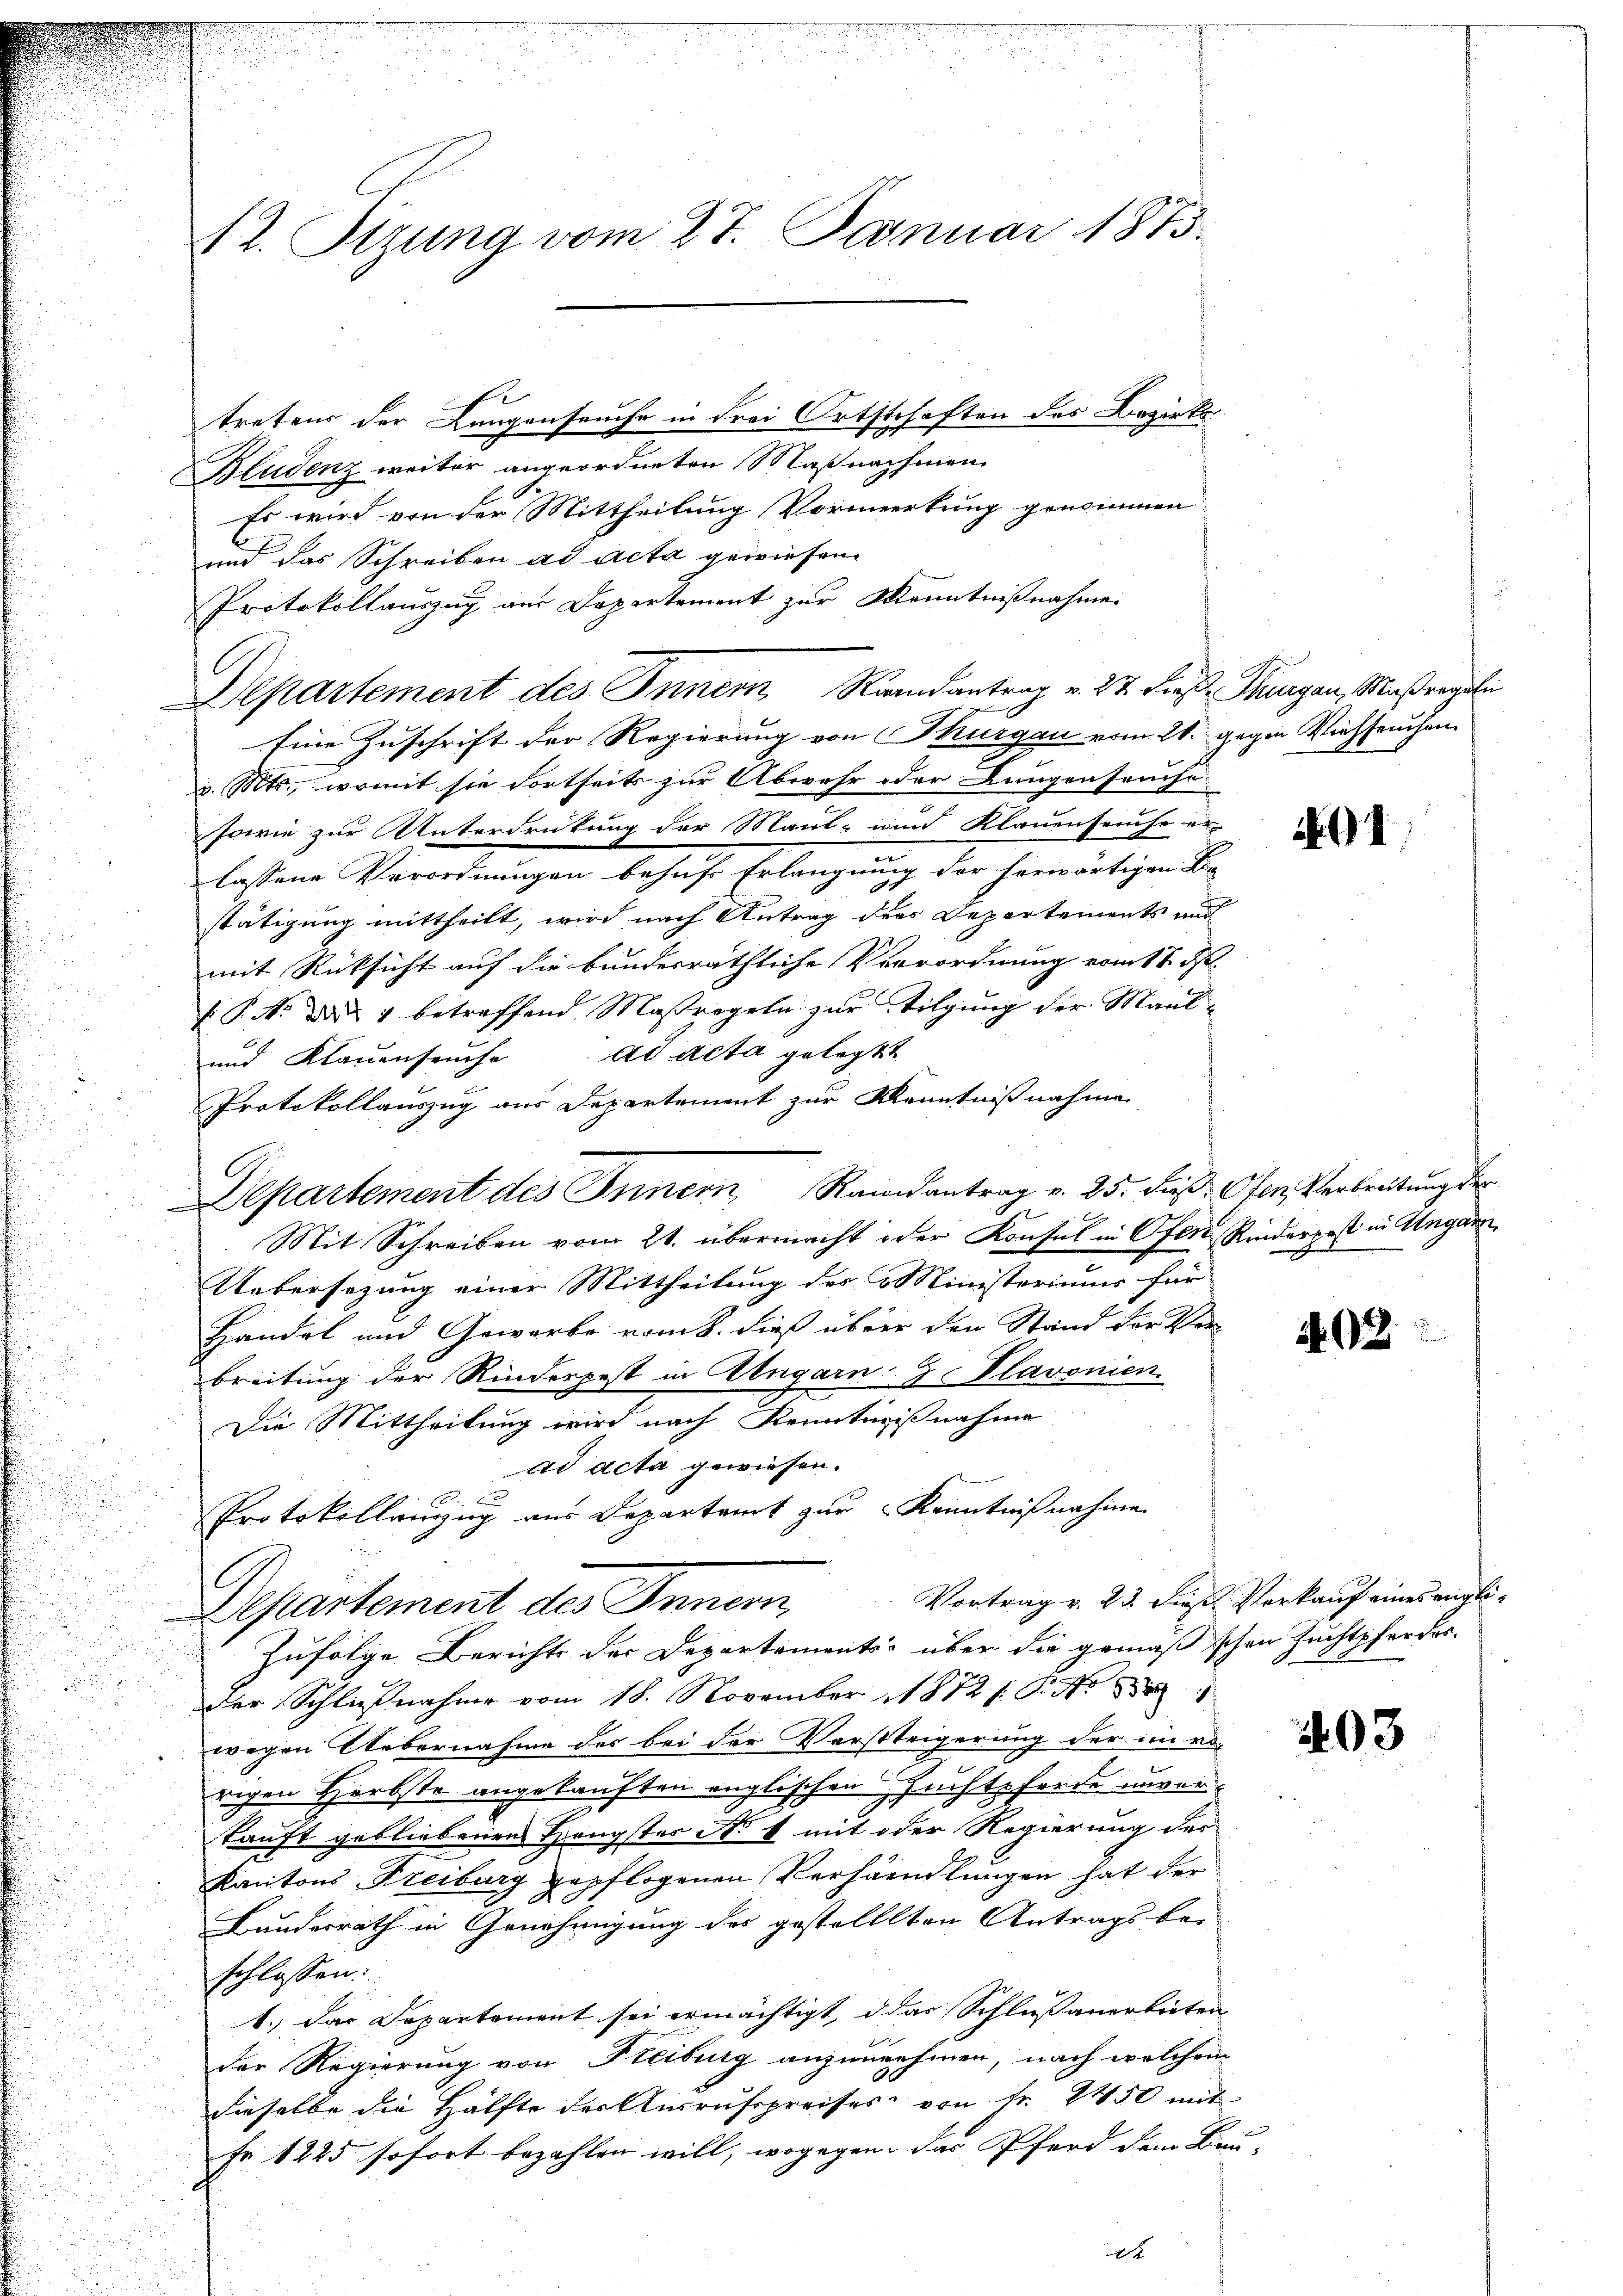
2. Stzung vom 27. Januar 1873.
tretens der Lungenseuche in drei Ortschaften des Bezirks¬

Bludenz weiter angeordneten Maßnahmen
Es wird von der Mittheilung Vormeerkung genommen
und das Schreiben ad Acta gewiesen.
Eine Zuschrift der Regierung von Thurgau vom 21. gegen Viehseuchen
v. Mts., womit sie dortseits zur Abwehr oder Langenseuche
sowie zur Unterdrückung der Maul- und Klauenseuche er-
lassene Verordnungen behufe Erlangung der herwärtigen Be-
stätigung mittheilt, wird nach Antrag der Departements auch
mit Rücksicht auf die bundesräthliche Verrordnung vom 17. d.
/. P. Nr. 4 betreffend Maßregeln zur Tilgung der Maul¬
und Klauenfrüche ad acta gelegt
Protokollauszug aus Departement zur Kenntnißnahme
Mit Schreiben vom 21. übermacht oder Konsul in Ofen, Rinderpost in Ungarn
Uebersezung einer Mittheilung des Ministeriums für
Handel und Gewerbe vom 8. dieß über den Stand der Verbreitung der Rinderpest in Angarn J. Plavonien.
J
Die Mittheilung wird nach Kenntnißnahme
ad acta gewiesen.
Protokollenzug aus Departamt zur Kenntnißnahme

E
Departement des Innern, Vortrag v. 23. dieß Verkauf eines engli¬
Zufolge Berichte der Departements- über die gemäß schon Zuchtpferder-
der Schließnahme vom 18. November 1872 /: P. Nr. 1
wegen Uebernahme der bei der Versteigerung der in ro-
rigen Herbste angekauften englischen Zuchtsforde unverkauft gebliebenens Hengstes No 4 mit oder Regierung des
Kantons Freiburg gepflogenen Verhandlungen hat der
Bundesrath in Genehmigung des gestellten Antrags be-
schlossen:
1.) Das Departement sei ermächtigt, das Schlußanerbieten
der Regierung von Freiburg anzunehmen, nach welchem
dieselbe die Hälfte der Ausrufspreises von Fr. 2450 mit
Fr. 1225 sofort bezahlen will, wogegen das Pferd dem Bei

Departement des Innern Randantrag v. 25. Fuß Ofen, Verbreitung der

Protokollauszug aus Departement zur Kenntnißnahme.
Departement des Inner Saandantrag v. 27. diese Thurgau, Maßregeli

i

1

1403

403